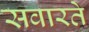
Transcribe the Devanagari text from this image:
सवारते